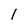
Character: I